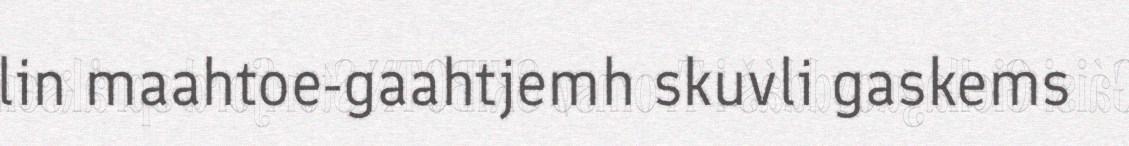
lin maahtoe-gaahtjemh skuvli gaskems